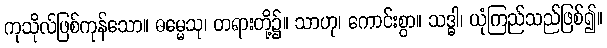
ကုသိုလ်ဖြစ်ကုန်သော။ ဓမ္မေသု၊ တရားတို့၌။ သာဟု၊ ကောင်းစွာ။ သဒ္ဓါ၊ ယုံကြည်သည်ဖြစ်၍။